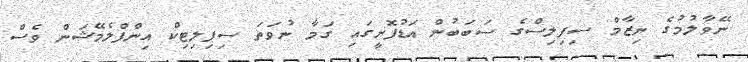
ނޭވާލުމުގެ ނިޒާމް ސިފިލިސްގެ ސަބަބުން އަޑުފޮށީގައި ގަމާ ނުވަތަ ސިފިލިޓިކް އިންފްލެމޭޝަން ވެސް